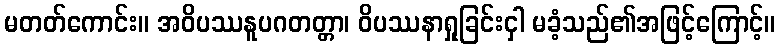
မတတ်ကောင်း။ အဝိပဿနူပဂတတ္တာ၊ ဝိပဿနာရှုခြင်းငှါ မခံ့သည်၏အဖြင့်ကြောင့်။